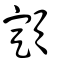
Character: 顁